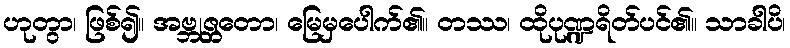
ဟုတွာ၊ ဖြစ်၍။ အဗ္ဘုဇ္တတော၊ မြေမှပေါက်၏။ တဿ၊ ထိုပုဏ္ဍရိတ်ပင်၏။ သာခါပိ၊